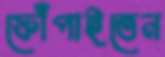
ফোঁপাইতেন